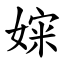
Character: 㛽